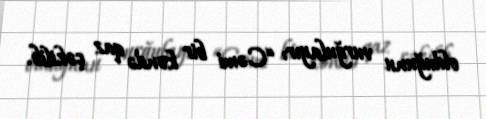
olduğunu vurğulayır: “Cəmi bir kəndə qaz çəkilib.